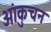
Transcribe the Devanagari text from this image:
आंकुचन